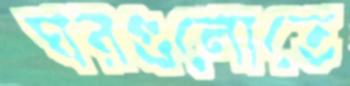
ঘরগুলোতে